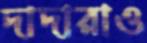
দাদারাও